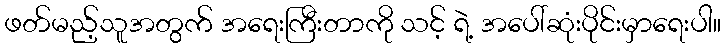
ဖတ်မည့်သူအတွက် အရေးကြီးတာကို သင့် ရဲ့ အပေါ်ဆုံးပိုင်းမှာရေးပါ။